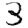
Digit: 3